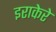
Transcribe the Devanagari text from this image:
इराकेरे